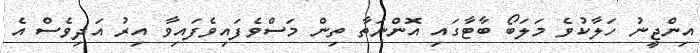
އިންޖީނު ހަލާކުވެ މަލަބޯ ބާޓާގައި އޮންނަތާ ތިން މަސްވެފައިވެފައިވާ އިރު އަދިވެސް އެ